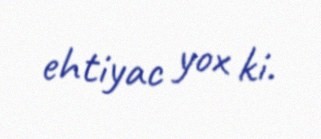
ehtiyac yox ki.